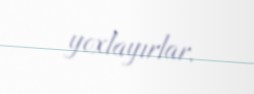
yoxlayırlar.